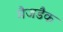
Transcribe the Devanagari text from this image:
मैजडैक